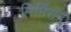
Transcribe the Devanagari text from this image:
मिर्मिरान